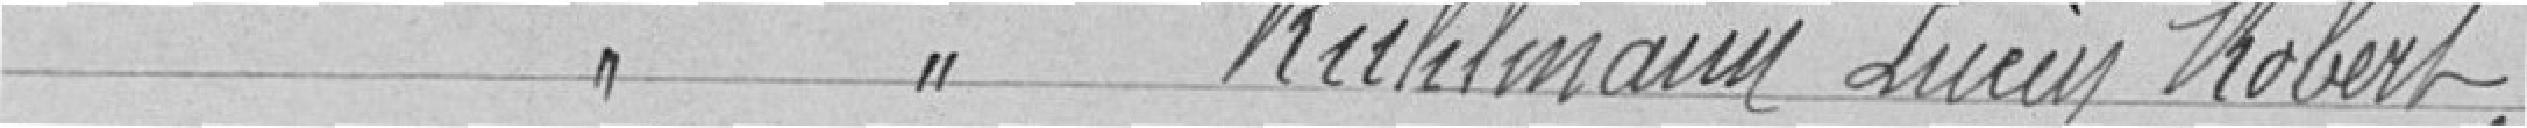
Classe 1926 RUHLMANN Lucien Robert